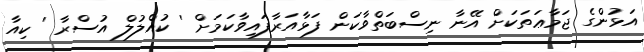
އަޅުންގެ ޖަމާޢަތަކަށް އޭނާ ނިސްބަތްވާކަން ފަޅާއަރާފައިވާކަމަށް ' ކުއްލުލް އުސްރާ ' ކިއާ